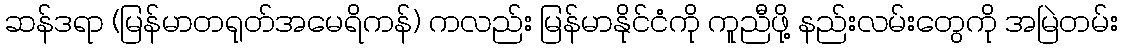
ဆန်ဒရာ (မြန်မာတရုတ်အမေရိကန်) ကလည်း မြန်မာနိုင်ငံကို ကူညီဖို့ နည်းလမ်းတွေကို အမြဲတမ်း